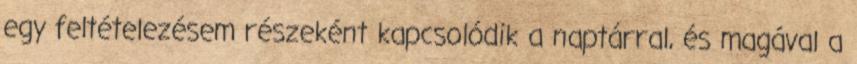
egy feltételezésem részeként kapcsolódik a naptárral, és magával a